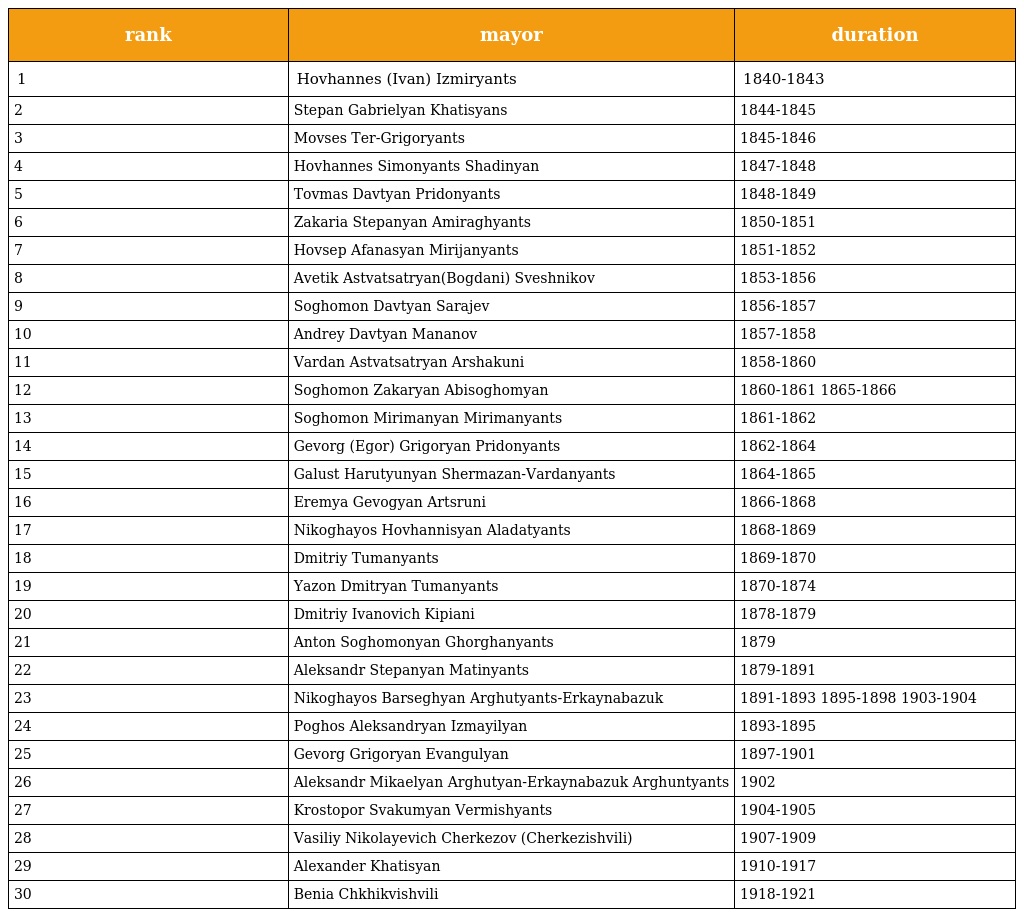
| rank | mayor | duration |
 | --- | --- | --- |
 | 1 | Hovhannes (Ivan) Izmiryants | 1840-1843 |
 | 2 | Stepan Gabrielyan Khatisyans | 1844-1845 |
 | 3 | Movses Ter-Grigoryants | 1845-1846 |
 | 4 | Hovhannes Simonyants Shadinyan | 1847-1848 |
 | 5 | Tovmas Davtyan Pridonyants | 1848-1849 |
 | 6 | Zakaria Stepanyan Amiraghyants | 1850-1851 |
 | 7 | Hovsep Afanasyan Mirijanyants | 1851-1852 |
 | 8 | Avetik Astvatsatryan(Bogdani) Sveshnikov | 1853-1856 |
 | 9 | Soghomon Davtyan Sarajev | 1856-1857 |
 | 10 | Andrey Davtyan Mananov | 1857-1858 |
 | 11 | Vardan Astvatsatryan Arshakuni | 1858-1860 |
 | 12 | Soghomon Zakaryan Abisoghomyan | 1860-1861 1865-1866 |
 | 13 | Soghomon Mirimanyan Mirimanyants | 1861-1862 |
 | 14 | Gevorg (Egor) Grigoryan Pridonyants | 1862-1864 |
 | 15 | Galust Harutyunyan Shermazan-Vardanyants | 1864-1865 |
 | 16 | Eremya Gevogyan Artsruni | 1866-1868 |
 | 17 | Nikoghayos Hovhannisyan Aladatyants | 1868-1869 |
 | 18 | Dmitriy Tumanyants | 1869-1870 |
 | 19 | Yazon Dmitryan Tumanyants | 1870-1874 |
 | 20 | Dmitriy Ivanovich Kipiani | 1878-1879 |
 | 21 | Anton Soghomonyan Ghorghanyants | 1879 |
 | 22 | Aleksandr Stepanyan Matinyants | 1879-1891 |
 | 23 | Nikoghayos Barseghyan Arghutyants-Erkaynabazuk | 1891-1893 1895-1898 1903-1904 |
 | 24 | Poghos Aleksandryan Izmayilyan | 1893-1895 |
 | 25 | Gevorg Grigoryan Evangulyan | 1897-1901 |
 | 26 | Aleksandr Mikaelyan Arghutyan-Erkaynabazuk Arghuntyants | 1902 |
 | 27 | Krostopor Svakumyan Vermishyants | 1904-1905 |
 | 28 | Vasiliy Nikolayevich Cherkezov (Cherkezishvili) | 1907-1909 |
 | 29 | Alexander Khatisyan | 1910-1917 |
 | 30 | Benia Chkhikvishvili | 1918-1921 |